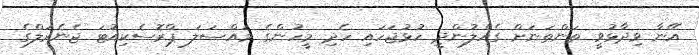
އޭނާ ވިދާޅުވީ ތަންތަނަށް ގެއްލުންދީ ހުޅުޖަހައި ހެދި މީހުންގެ މައްސަލަ ޕްރޮސެކިއުޓަ ޖެނެރަލްގެ